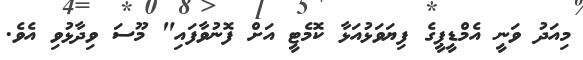
މިއަދު ވަނީ އެމްޑީޕީގެ ފިޔަވަޅުއަޅާ ކޮމެޓީ އަށް ފޮނުވާފައި" މޫސަ ވިދާޅުވި އެވެ.